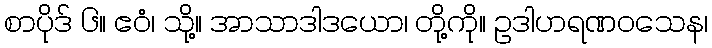
စာပိုဒ် ၆။ ဧဝံ၊ သို့။ အာသာဒါဒယော၊ တို့ကို။ ဥဒါဟရဏဝသေန၊